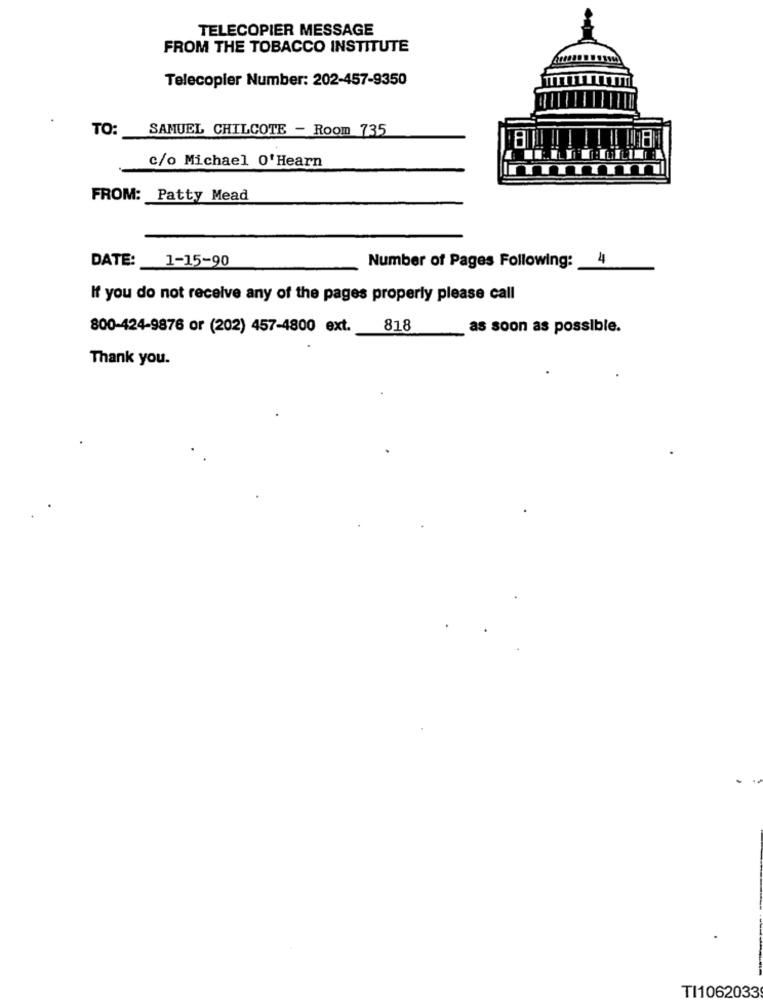
TELECOPIER MESSAGE
FROM THE TOBACCO INSTITUTE
Telecopler Number: 202-457-9350
TO:
SAMUEL CHILCOTE - Room 735
c/o Michael O'Hearn
FROM: Patty Mead
DATE:
1-15-90
Number of Pages Following: 4
If you do not receive any of the pages properly please call
800-424-9876 or (202) 457-4800 ext.
818
as soon as possible.
Thank you.
TI1062033